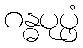
ဂန္ဓပုပ္ဖံ